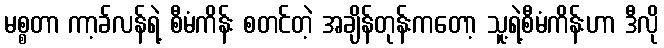
မစ္စတာ ကာ့ခ်လန်ရဲ့ စီမံကိန်း စတင်တဲ့ အချိန်တုန်းကတော့ သူ့ရဲ့စီမံကိန်းဟာ ဒီလို